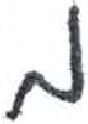
אות: מ